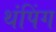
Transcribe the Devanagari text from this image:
थंपिंग